Annual statistical returns and brief notes on vaccination in Bengal - 1909-1929
Year: 1909
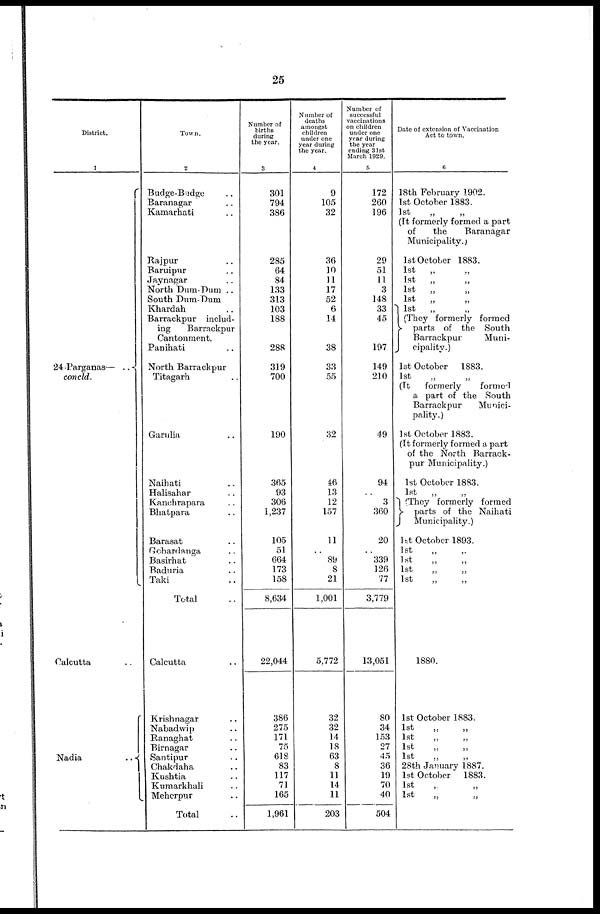
25
District.
1
24-Parganas—
concld.
Calcutta ..
Nadia
..
Town.
2
Budge-Budge ..
Baranagar ..
Kamarhati ..
Rajpur ..
Baruipur ..
Jaynagar ..
North Dum-Dum ..
South Dum-Dum
Khardah ..
Barrackpur includ-
ing
Barrackpur
Cantonment.
Panihati ..
North Barrackpur
Titagarh ..
Garulia ..
Naihati ..
Halisahar ..
Kanchrapara ..
Bhatpara ..
Barasat ..
Gobardanga ..
Basirhat ..
Baduria ..
Taki ..
Total ..
Calcutta ..
Krishnagar ..
Nabadwip ..
Ranaghat ..
Birnagar ..
Santipur..
Chakdaha ..
Kushtia ..
Kumarkhali ..
Meherpur ..
Total ..
Number of
births
during
the year.
3
301
794
386
285
64
84
133
313
103
188
288
319
700
190
365
93
306
1,237
105
51
664
173
158
8,634
22,044
386
275
171
75
618
83
117
71
165
1,961
Number of
deaths
amongst
children
under one
year during
the year.
4
9
105
32
36
10
11
17
52
6
14
38
33
55
32
46
13
12
157
11
..
89
8
21
1,001
5,772
32
32
14
18
63
8
11
14
11
203
Number of
successful
vaccinations
on children
under one
year during
the year
ending 31st
March 1929.
5
172
260
196
29
51
11
3
148
33
45
197
149
210
49
94
..
3
360
20
..
339
126
77
3,779
13,051
80
34
153
27
45
36
19
70
40
504
Date of extension of Vaccination
Act to town.
6
18th February 1902.
1st October 1883.
1st
„
„
(It formerly formed a part
of
the
Baranagar
Municipality.)
1st October 1883.
1st
„ „
1st
„ „
1st
„ „
1st
„ „
1st
„ „
(They formerly formed
parts of the South
Barrackpur
Muni-
cipality.)
1st October 1883.
1st
(It
formerly
formed
a part of the South
Barrackpur
Munici-
pality.)
1st October 1883.
(It formerly formed a part
of the North Barrack-
pur Municipality.)
1st October 1883.
1st
„ „
(They formerly formed
parts of the Naihati
Municipality.)
1st October 1893.
1st „ „
1st „ „
1st „ „
1st
„
„
1880.
1st October 1883.
1st
„
„
1st „ „
1st
„
„
1st
„ „
28th January 1887.
1st October 1883.
1st „ „
1st „ „